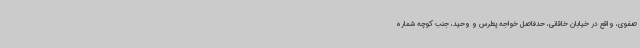
صفوی، واقع در خیابان خاقانی، حدفاصل خواجه پطرس و وحید، جنب کوچه شماره